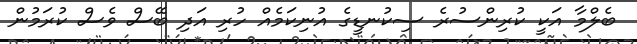
ބެލްމާ އަކީ ކުރިންސުރެ ސިކުނޑީގެ އުނިކަމެއް ހުރި އަދި ބޭސް ވެސް ކުރަމުން